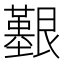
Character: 𦫒